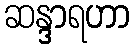
ဆန္ဒာရဟာ